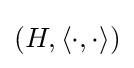
(H,\langle \cdot ,\cdot \rangle )